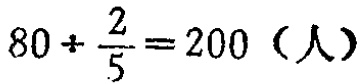
\(80\div\frac{2}{5}=200 \text{（人）}\)